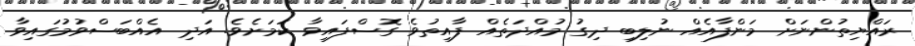
ރައްޔިތުންނަށް މަންފާއެއް ނުލިބި ދިގު މުއްދަތެއް ފާއިތުވެ ގޮސްފައިވާ ކަމަށެވެ. އަދި އެއްބަސްވުމުގައިވާ